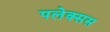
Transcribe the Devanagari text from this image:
पलेक्सस